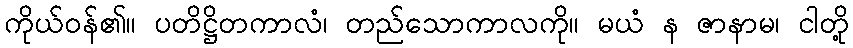
ကိုယ်ဝန်၏။ ပတိဋ္ဌိတကာလံ၊ တည်သောကာလကို။ မယံ န ဇာနာမ၊ ငါတို့